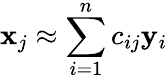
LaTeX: \mathbf{x}_{j}\approx\sum_{i=1}^{n}c_{ij}\mathbf{y}_{i}